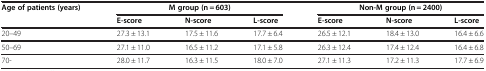
| <ROWSPAN=2> Age of patients (years) | <COLSPAN=3> M group (n = 603) | <COLSPAN=3> Non-M group (n = 2400) |
 | E-score | N-score | L-score | E-score | N-score | L-score |
 | --- | --- | --- | --- | --- | --- | --- |
 | 20–49 | 27.3 ± 13.1 | 17.5 ± 11.6 | 17.7 ± 6.4 | 26.5 ± 12.1 | 18.4 ± 13.0 | 16.4 ± 6.6 |
 | 50–69 | 27.1 ± 11.0 | 16.5 ± 11.2 | 17.1 ± 5.8 | 26.3 ± 12.4 | 17.4 ± 12.4 | 16.4 ± 6.8 |
 | 70- | 28.0 ± 11.7 | 16.3 ± 11.5 | 18.0 ± 7.0 | 27.1 ± 11.3 | 17.2 ± 11.3 | 17.7 ± 6.9 |